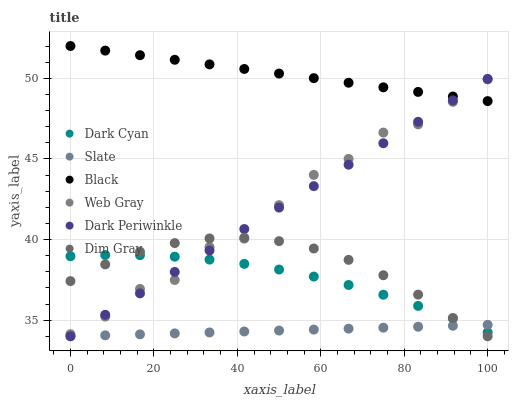
| xaxis_label | Dark Cyan | Slate | Black | Web Gray | Dark Periwinkle | Dim Gray |
 | --- | --- | --- | --- | --- | --- | --- |
 | 0 | 39 | 34 | 52 | 34.1 | 34 | 37.4 |
 | 8.33 | 39 | 34.1 | 51.7 | 35.2 | 35.3 | 38.5 |
 | 16.7 | 39 | 34.1 | 51.4 | 36.9 | 36.7 | 39.2 |
 | 25 | 38.9 | 34.2 | 51.1 | 37.5 | 38 | 39.8 |
 | 33.3 | 38.8 | 34.2 | 50.9 | 39.5 | 39.3 | 40.1 |
 | 41.7 | 38.5 | 34.3 | 50.6 | 40.1 | 40.7 | 40.1 |
 | 50 | 38.1 | 34.4 | 50.3 | 42.1 | 42 | 39.9 |
 | 58.3 | 37.7 | 34.4 | 50 | 44 | 43.3 | 39.4 |
 | 66.7 | 37.2 | 34.5 | 49.7 | 45 | 44.6 | 38.7 |
 | 75 | 36.6 | 34.5 | 49.4 | 46.6 | 46 | 37.8 |
 | 83.3 | 35.9 | 34.6 | 49.2 | 47.1 | 47.3 | 36.6 |
 | 91.7 | 35.1 | 34.6 | 48.9 | 48.5 | 48.6 | 35.1 |
 | 100 | 34.2 | 34.7 | 48.6 | 49.9 | 50 | 34 |